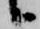
候